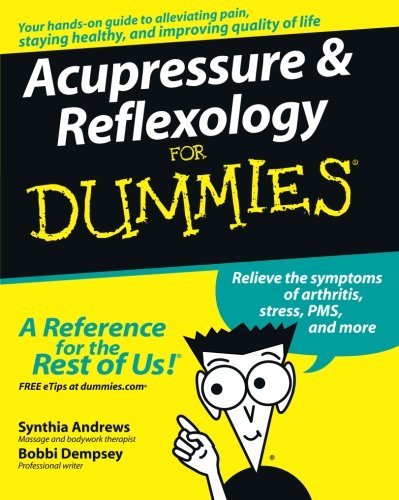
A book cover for Acupressure and Reflexology For Dummies; Bobbi Dempsey; Health, Fitness & Dieting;